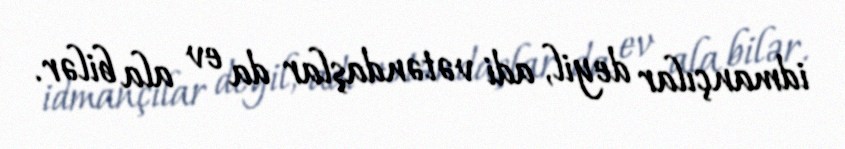
idmançılar deyil, adi vətəndaşlar da ev ala bilər.